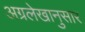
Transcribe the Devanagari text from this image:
अग्रलेखानुसार